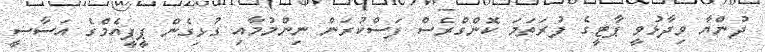
ދުންޔާ ވިދާޅުވީ ޕާޓީގެ ފުރަތަމަ ކޮންގްރެސް ފަސްކުރަން ނިންމުމާއި ގުޅިގެން ޕީޕީއެމްގެ އަސާސީ